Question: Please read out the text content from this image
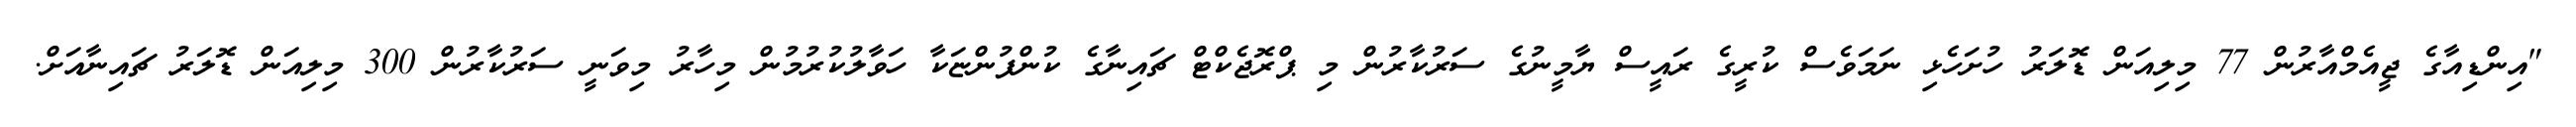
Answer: "އިންޑިއާގެ ޖީއެމްއާރުން 77 މިލިއަން ޑޮލަރު ހުށަހެޅި ނަމަވެސް ކުރީގެ ރައީސް ޔާމީނުގެ ސަރުކާރުން މި ޕްރޮޖެކްޓް ޗައިނާގެ ކުންފުންޏަކާ ހަވާލުކުރުމުން މިހާރު މިވަނީ ސަރުކާރުން 300 މިލިއަން ޑޮލަރު ޗައިނާއަށް.